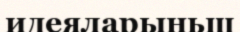
идеяларыньщ